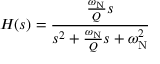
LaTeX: H ( s ) = { \frac { { \frac { \omega _ { \mathrm { N } } } { Q } } s } { s ^ { 2 } + { \frac { \omega _ { \mathrm { N } } } { Q } } s + \omega _ { \mathrm { N } } ^ { 2 } } }